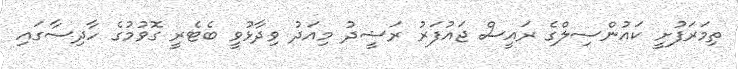
ތިމަރަފުށީ ކައުންސިލްގެ ރައީސް ޖައުފަރު ރަޝީދު މިއަދު ވިދާޅުވީ ބެޓެރީ ގޮވުމުގެ ހާދިސާގައި